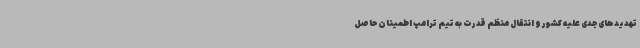
تهدیدهای جدی علیه کشور و انتقال منظم قدرت به تیم ترامپ اطمینان حاصل